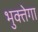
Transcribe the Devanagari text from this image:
भुक्तेगा